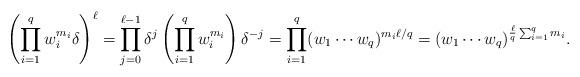
LaTeX: \begin{align*}\left(\prod_{i=1}^{q} w_{i}^{m_{i}} \delta\right)^{\ell}=\prod_{j=0}^{\ell-1} \delta^{j} \left( \prod_{i=1}^{q} w_{i}^{m_{i}}\right) \delta^{-j}= \prod_{i=1}^{q} (w_{1}\cdots w_{q})^{m_{i}\ell/q}= (w_{1}\cdots w_{q})^{\frac{\ell}{q}\sum_{i=1}^{q} m_{i}}.\end{align*}